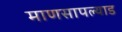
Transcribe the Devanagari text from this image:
माणसापल्याड